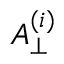
A _ { \perp } ^ { ( i ) }